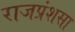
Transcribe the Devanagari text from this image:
राजप्रंशसा